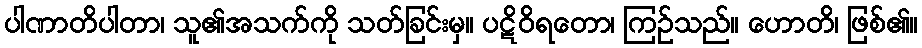
ပါဏာတိပါတာ၊ သူ၏အသက်ကို သတ်ခြင်းမှ။ ပဋိဝိရတော၊ ကြဉ်သည်။ ဟောတိ၊ ဖြစ်၏။